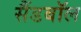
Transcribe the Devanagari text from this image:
सैंडबॉल